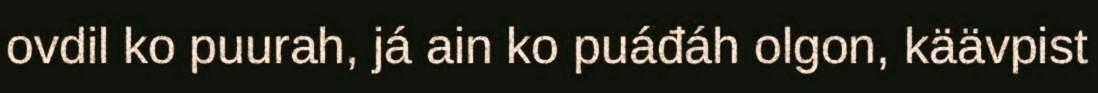
ovdil ko puurah, já ain ko puáđáh olgon, käävpist